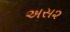
અસ૨